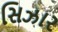
સિઝાર